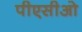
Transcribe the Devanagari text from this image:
पीएसीओ